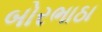
બોરભાઠા